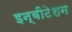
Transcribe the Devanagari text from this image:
इन्वीटेशन